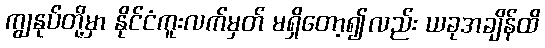
ကျွနုပ်တို့မှာ နိုင်ငံကူးလက်မှတ် မရှိတော့၍လည်း ယခုအချိန်ထိ